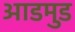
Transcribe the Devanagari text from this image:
आडमुड